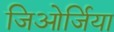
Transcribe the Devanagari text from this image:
जिओर्जिया